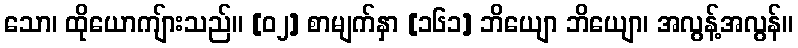
သော၊ ထိုယောကျ်ားသည်။ [၀၂] စာမျက်နှာ [၁၆၁] ဘိယျော ဘိယျော၊ အလွန့်အလွန်။